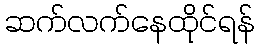
ဆက်လက်နေထိုင်ရန်